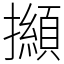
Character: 㩪